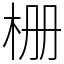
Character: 栅